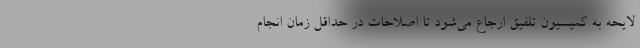
لایحه به کمیسیون تلفیق ارجاع می‌شود تا اصلاحات در حداقل زمان انجام